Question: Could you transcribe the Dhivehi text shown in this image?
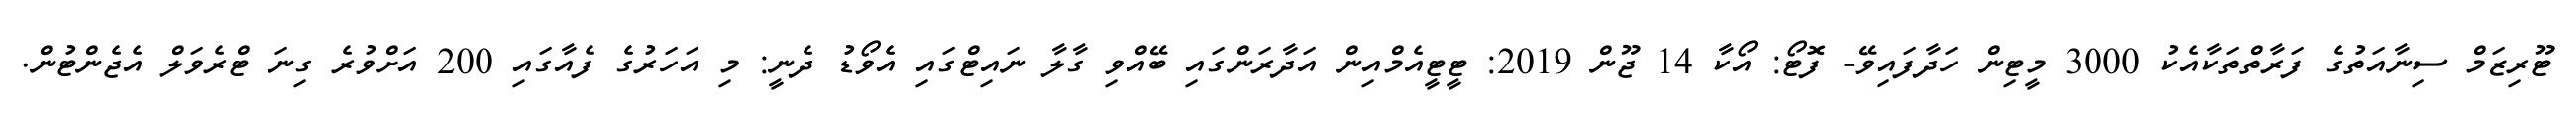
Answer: ޓޫރިޒަމް ސިނާއަތުގެ ފަރާތްތަކާއެކު 3000 މީޓިން ހަދާފައިވޭ- ފޮޓޯ: އޯކާ 14 ޖޫން 2019: ޓީޓީއެމްއިން އަދާރަންގައި ބޭއްވި ގާލާ ނައިޓްގައި އެވޯޑު ދެނީ: މި އަހަރުގެ ފެއާގައި 200 އަށްވުރެ ގިނަ ޓްރެވަލް އެޖެންޓުން.